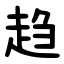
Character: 趋